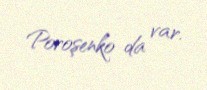
Poroşenko da var.